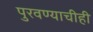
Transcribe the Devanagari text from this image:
पुरवण्याचीही